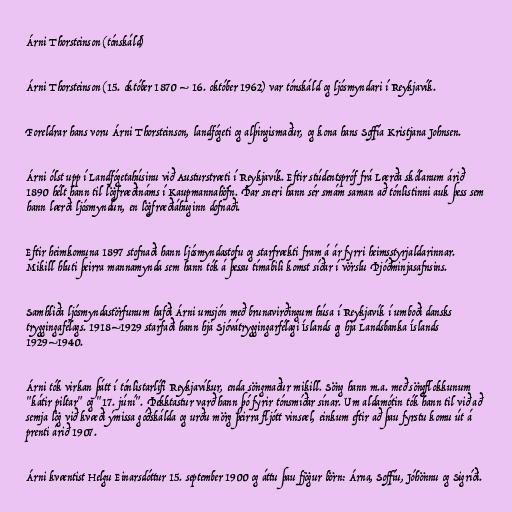
Árni Thorsteinson (tónskáld)

Árni Thorsteinson (15. október 1870 – 16. október 1962) var tónskáld og ljósmyndari í Reykjavík.

Foreldrar hans voru Árni Thorsteinson, landfógeti og alþingismaður, og kona hans Soffía Kristjana Johnsen.

Árni ólst upp í Landfógetahúsinu við Austurstræti í Reykjavík. Eftir stúdentspróf frá Lærða skólanum árið
1890 hélt hann til lögfræðináms í Kaupmannahöfn. Þar sneri hann sér smám saman að tónlistinni auk þess sem
hann lærði ljósmyndun, en lögfræðiáhuginn dofnaði.

Eftir heimkomuna 1897 stofnaði hann ljósmyndastofu og starfrækti fram á ár fyrri heimsstyrjaldarinnar.
Mikill hluti þeirra mannamynda sem hann tók á þessu tímabili komst síðar í vörslu Þjóðminjasafnsins.

Samhliða ljósmyndastörfunum hafði Árni umsjón með brunavirðingum húsa í Reykjavík í umboði dansks
tryggingafélags. 1918–1929 starfaði hann hjá Sjóvátryggingarfélagi Íslands og hjá Landsbanka Íslands
1929–1940.

Árni tók virkan þátt í tónlistarlífi Reykjavíkur, enda söngmaður mikill. Söng hann m.a. með söngflokkunum
"kátir piltar" og "17. júní". Þekktastur varð hann þó fyrir tónsmíðar sínar. Um aldamótin tók hann til við að
semja lög við kvæði ýmissa góðskálda og urðu mörg þeirra fljótt vinsæl, einkum eftir að þau fyrstu komu út á
prenti árið 1907.

Árni kvæntist Helgu Einarsdóttur 15. september 1900 og áttu þau fjögur börn: Árna, Soffíu, Jóhönnu og Sigríði.